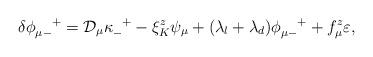
LaTeX: \begin{align*}\delta \phi_{\mu -}^{\quad +} = {\cal D}_{\mu}\kappa_-^{\enskip +} - \xi_K^z \psi_\mu + ( \lambda_l + \lambda_d) \phi_{\mu -}^{\quad +} + f_\mu^z \varepsilon ,\end{align*}